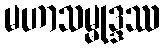
မဟာသမ္မုဒ္ဒဿ